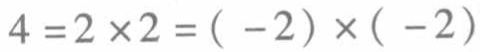
\(4 = 2\times2 = (-2)\times(-2)\)